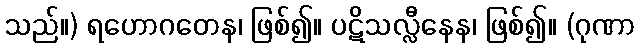
သည်။) ရဟောဂတေန၊ ဖြစ်၍။ ပဋိသလ္လီနေန၊ ဖြစ်၍။ (ဂုဏာ